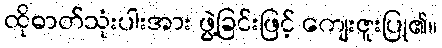
ထိုဓာတ်သုံးပါးအား ဖွဲ့ခြင်းဖြင့် ကျေးဇူးပြု၏။